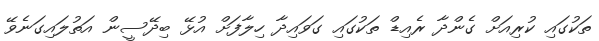
ތަކުގައި ކުރިއަށް ގެންދާ ރެއިޑް ތަކުގައި ގަވައިދާ ހިލާފަށް އުޅޭ ބިދޭސީން އަތުލައިގަނެވޭ